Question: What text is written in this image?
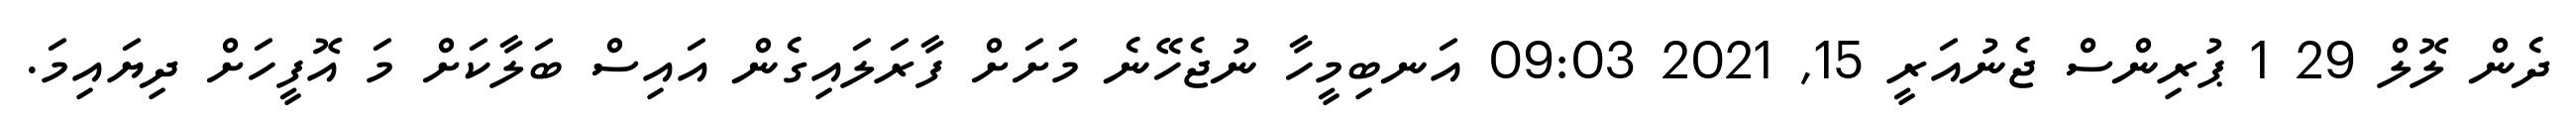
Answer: ދެން ލޮލް 29 1 ޕުރިންސް ޖެނުއަރީ 15, 2021 09:03 އަނބިމީހާ ނުޖެހޭނެ މަށަށް ފާރަލައިގެން އައިސް ބަލާކަށް މަ އޮފީހަށް ދިޔައިމަ.